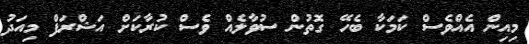
މިއިން އެއްވެސް ކަމަކާ ބެހޭ ގޮތުން ސުވާލެއް ވެސް ކުރާކަށް އަޝްރަފް މިއަދު